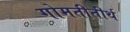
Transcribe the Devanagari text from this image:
गोमतीतीर्थ